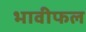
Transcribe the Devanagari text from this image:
भावीफल